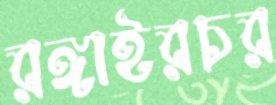
রঙ্গাইরচর